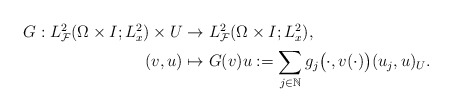
\begin{align*} \begin{aligned}G: L^2_{\mathcal{F}}(\Omega \times I; L^2_x) \times U &\to L^2_{\mathcal{F}}(\Omega \times I; L^2_x) , \\(v,u) &\mapsto G(v)u := \sum_{j \in \mathbb{N}} g_j\big(\cdot,v(\cdot)\big)( u_j, u)_U.\end{aligned}\end{align*}